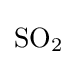
{\mathrm {SO} {\vphantom {A}}_{\smash[{t}]{2}}}